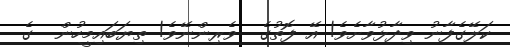
ކަލޭގެފާނު ވިދާޅުވާށެވެ! އޭ ފޮތުގެ  ވެރިންނޭވެ! ތިޔަބައިމީހުން  ގެ